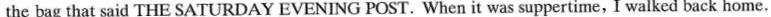
the bag that said THE SATURDAY EVENING POST. When it was suppertime, I walked back home.